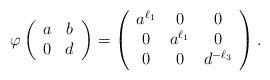
LaTeX: \begin{align*}\varphi\left(\begin{array}{c c} a & b \\ 0 & d \end{array}\right) =\left(\begin{array}{c c c} a^{\ell_1} & 0 & 0 \\ 0 & a^{\ell_1} & 0 \\ 0 & 0 & d^{- \ell_3} \end{array} \right) . \end{align*}